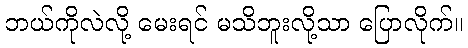
ဘယ်ကိုလဲလို့ မေးရင် မသိဘူးလို့သာ ပြောလိုက်။